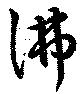
彿